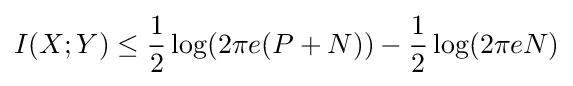
I(X;Y)\leq {\frac {1}{2}}\log(2\pi e(P+N))-{\frac {1}{2}}\log(2\pi eN)\,\!